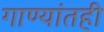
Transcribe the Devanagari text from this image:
गाण्यांतही